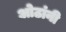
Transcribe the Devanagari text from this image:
ओठांनी